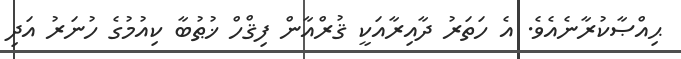
ޙިއްޞާކުރާނެއެވެ. އެ ހަތަރު ދާއިރާއަކީ ޤުރްއާން ފިޤްހް ޚުޠުބާ ކިއުމުގެ ހުނަރު އަދި